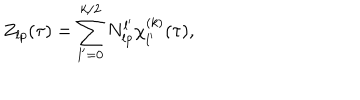
LaTeX: Z _ { l p } ( \tau ) = \sum _ { l ^ { \prime } = 0 } ^ { k / 2 } N _ { l p } ^ { l ^ { \prime } } \chi _ { l ^ { \prime } } ^ { ( k ) } ( \tau ) ,